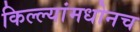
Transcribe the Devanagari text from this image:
किल्ल्यांमधोनच